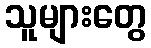
သူများတွေ